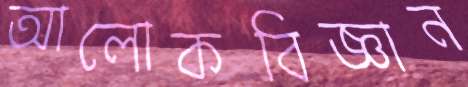
আলোকবিজ্ঞান